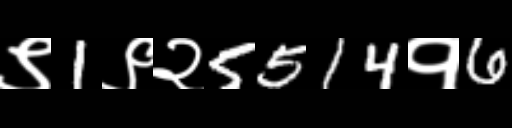
Text: ९1९२5514१6